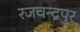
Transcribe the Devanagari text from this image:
रजचन्द्रपुर